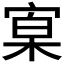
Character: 𡩕